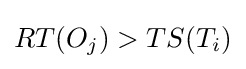
RT(O_{j})>TS(T_{i})